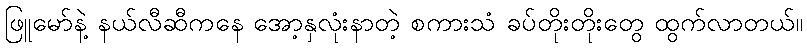
ဖြူမော်နဲ့ နယ်လီဆီကနေ အော့နှလုံးနာတဲ့ စကားသံ ခပ်တိုးတိုးတွေ ထွက်လာတယ်။